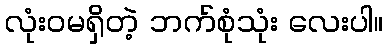
လုံးဝမရှိတဲ့ ဘက်စုံသုံး လေးပါ။